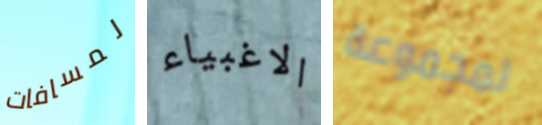
لمسافات الاغبياء لمجموعة